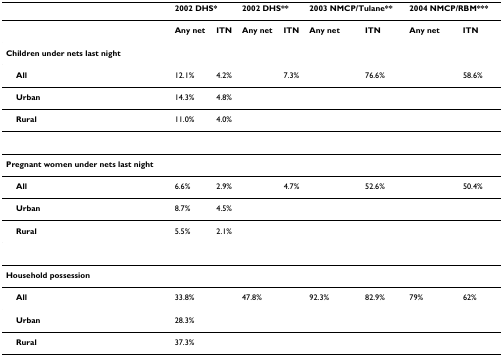
<table><thead><tr><td></td><td colspan="2"><b>2002 DHS*</b></td><td colspan="2"><b>2002 DHS**</b></td><td colspan="2"><b>2003 NMCP/Tulane**</b></td><td colspan="2"><b>2004 NMCP/RBM***</b></td></tr></thead><tbody><tr><td></td><td><b>Any net</b></td><td><b>ITN</b></td><td><b>Any net</b></td><td><b>ITN</b></td><td><b>Any net</b></td><td><b>ITN</b></td><td><b>Any net</b></td><td><b>ITN</b></td></tr><tr><td><b>Children under nets last night</b></td><td></td><td></td><td></td><td></td><td></td><td></td><td></td><td></td></tr><tr><td> <b>All</b></td><td>12.1%</td><td>4.2%</td><td></td><td>7.3%</td><td></td><td>76.6%</td><td></td><td>58.6%</td></tr><tr><td> <b>Urban</b></td><td>14.3%</td><td>4.8%</td><td></td><td></td><td></td><td></td><td></td><td></td></tr><tr><td> <b>Rural</b></td><td>11.0%</td><td>4.0%</td><td></td><td></td><td></td><td></td><td></td><td></td></tr><tr><td><b>Pregnant women under nets last night</b></td><td></td><td></td><td></td><td></td><td></td><td></td><td></td><td></td></tr><tr><td> <b>All</b></td><td>6.6%</td><td>2.9%</td><td></td><td>4.7%</td><td></td><td>52.6%</td><td></td><td>50.4%</td></tr><tr><td> <b>Urban</b></td><td>8.7%</td><td>4.5%</td><td></td><td></td><td></td><td></td><td></td><td></td></tr><tr><td> <b>Rural</b></td><td>5.5%</td><td>2.1%</td><td></td><td></td><td></td><td></td><td></td><td></td></tr><tr><td><b>Household possession</b></td><td></td><td></td><td></td><td></td><td></td><td></td><td></td><td></td></tr><tr><td> <b>All</b></td><td>33.8%</td><td></td><td>47.8%</td><td></td><td>92.3%</td><td>82.9%</td><td>79%</td><td>62%</td></tr><tr><td> <b>Urban</b></td><td>28.3%</td><td></td><td></td><td></td><td></td><td></td><td></td><td></td></tr><tr><td> <b>Rural</b></td><td>37.3%</td><td></td><td></td><td></td><td></td><td></td><td></td><td></td></tr></tbody></table>